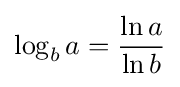
\log _{b}a={\frac {\ln a}{\ln b}}